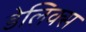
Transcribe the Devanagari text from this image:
डेलिक्स